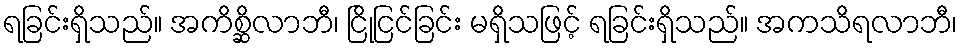
ရခြင်းရှိသည်။ အကိစ္ဆိလာဘီ၊ ငြိုငြင်ခြင်း မရှိသဖြင့် ရခြင်းရှိသည်။ အကသိရလာဘီ၊